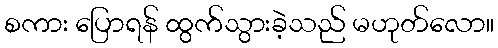
စကား ပြောရန် ထွက်သွားခဲ့သည် မဟုတ်လော။